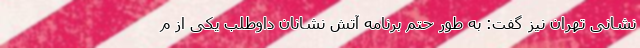
نشانی تهران نیز گفت: به طور حتم برنامه آتش نشانان داوطلب یکی از م